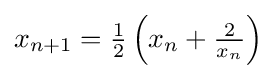
{\textstyle x_{n+1}={\frac {1}{2}}\left(x_{n}+{\frac {2}{x_{n}}}\right)}